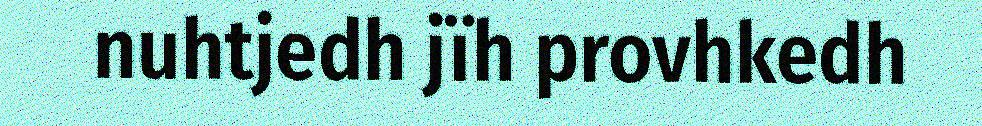
nuhtjedh jïh provhkedh